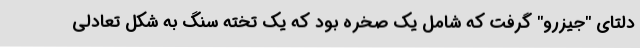
دلتای "جیزرو" گرفت که شامل یک صخره بود که یک تخته سنگ به شکل تعادلی